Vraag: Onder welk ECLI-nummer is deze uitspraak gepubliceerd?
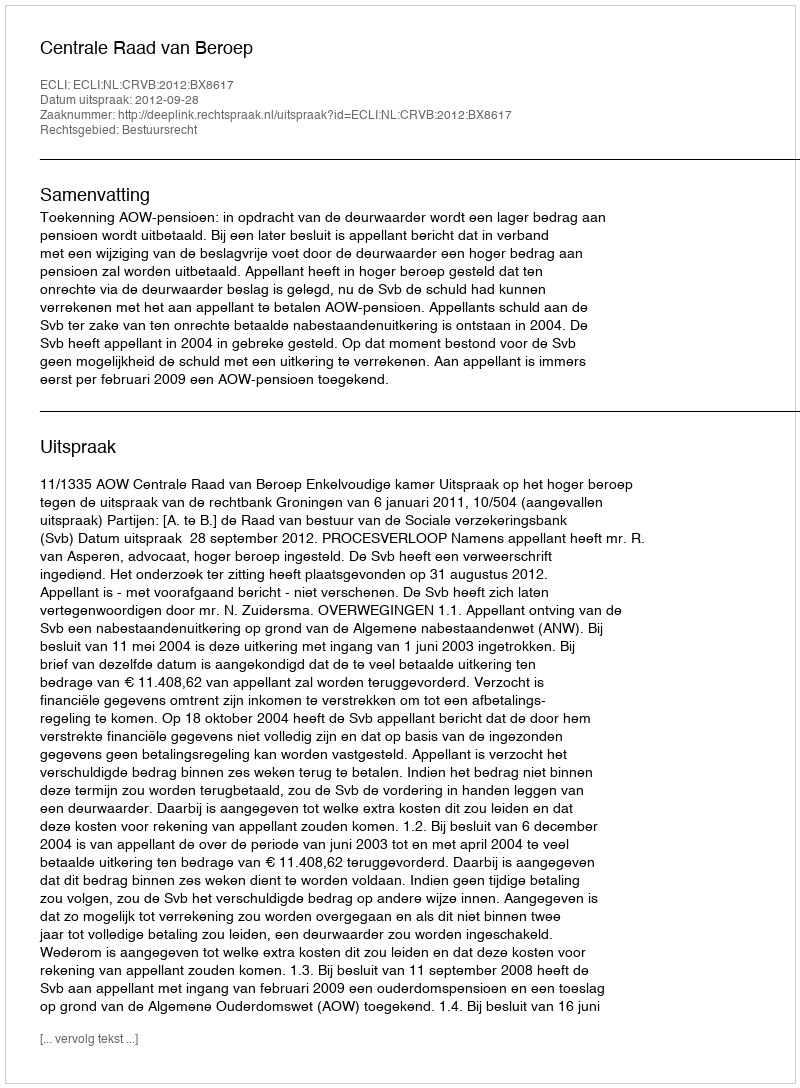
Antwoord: ECLI:NL:CRVB:2012:BX8617